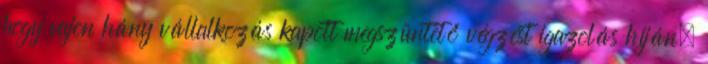
hogy vajon hány vállalkozás kapott megszüntető végzést igazolás híján.